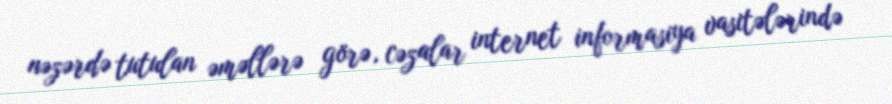
nəzərdə tutulan əməllərə görə, cəzalar internet informasiya vasitələrində